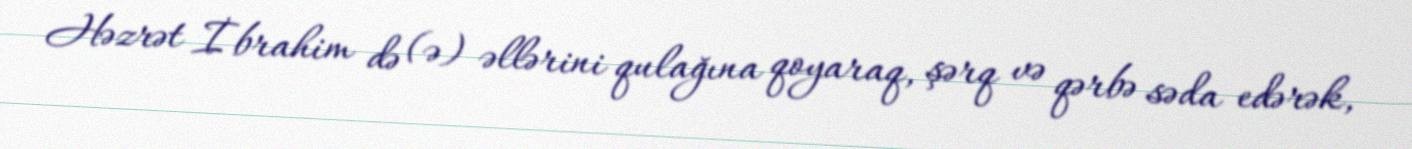
Həzrət İbrahim də (ə) əllərini qulağına qoyaraq, şərq və qərbə səda edərək,